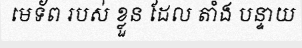
មេទ័ព របស់ ខ្លួន ដែល តាំង បន្ទាយ